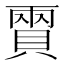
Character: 𧶪